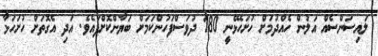
ލައިސަންސެއް އަލުން ހެއްދުމަށް ހުށަހެޅޭނީ 180 ދުވަސްފަހުންކަމަށް ބަޔާންކޮށްފައެވެ. އަދި އެގޮތަށް ހުށަހަޅާ